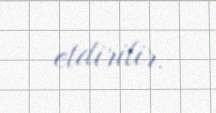
etdirilir.